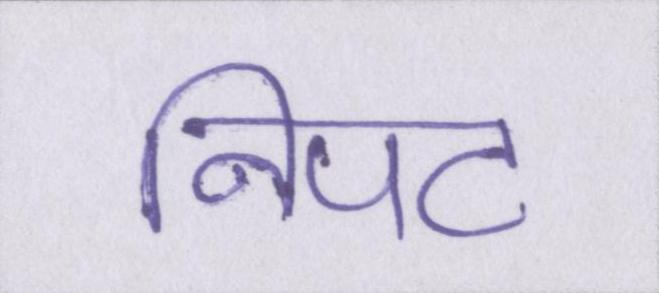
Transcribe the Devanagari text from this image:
निपट